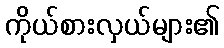
ကိုယ်စားလှယ်များ၏